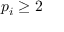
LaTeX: p _ { i } \geq 2